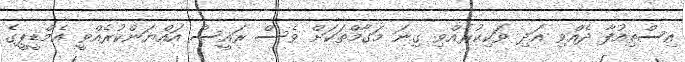
އިސްތިއުފާ ދެއްވި އަދި ވަކިކުރެއްވި ގިނަ މަގާމްތަކަށް ވެސް ރައީސް އައްޔަންކުރެއްވީ އެމްޑީޕީގެ